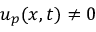
u _ { p } ( x , t ) \neq 0